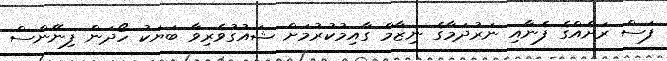
ފަސް ރަށެއްގެ ފެނާއި ނަރުދަމާގެ ނިޒާމް ގާއިމުކުރުމަށް ޝައުގުވެރިވާ ބަޔަކު ހޯދަން ފިނޭންސް